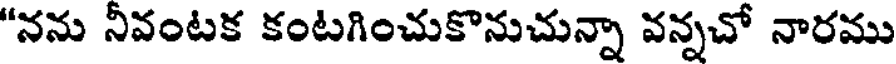
"నను నీవంటక కంటగించుకొనుచున్నా వన్నచో నారము